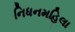
નિધનમહિલા